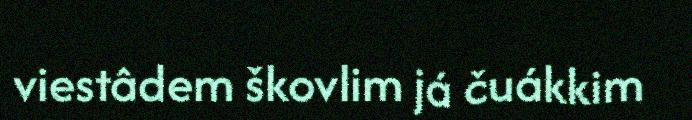
viestâdem škovlim já čuákkim